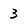
Character: 3